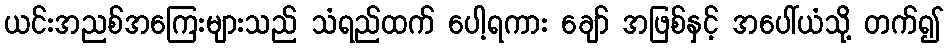
ယင်းအညစ်အကြေးများသည် သံရည်ထက် ပေါ့ရကား ချော် အဖြစ်နှင့် အပေါ်ယံသို့ တက်၍